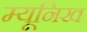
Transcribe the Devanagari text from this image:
म्‍यूनिख